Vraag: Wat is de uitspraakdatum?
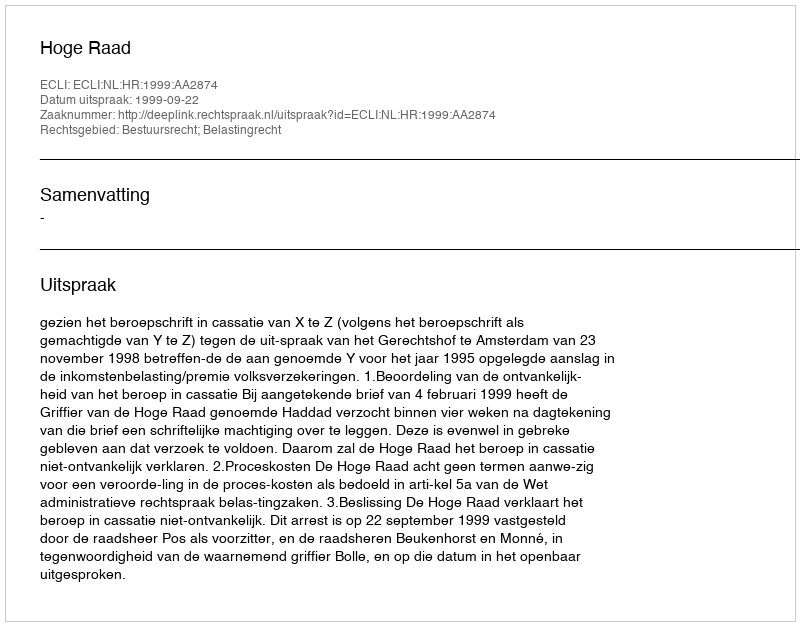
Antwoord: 1999-09-22